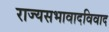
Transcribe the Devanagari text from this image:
राज्यसभावादविवाद